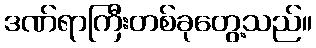
ဒဏ်ရာကြီးတစ်ခုတွေ့သည်။